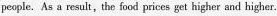
people. As a result,the food prices get higher and higher.